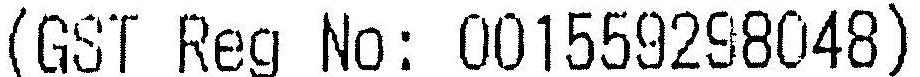
(GST REG NO : 001559298048)